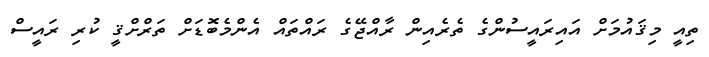
ތިއީ މިޤައުމަށް އައިރައީސުންގެ ތެރެއިން ރާއްޖޭގެ ރައްތައް އެންމެބޮޑަށް ތަރްށްޤީ ކުރި ރައީސް